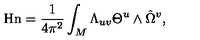
\mathrm { H n } = { \frac { 1 } { 4 \pi ^ { 2 } } } \int _ { M } \Lambda _ { u v } \Theta ^ { u } \wedge \hat { \Omega } ^ { v } ,